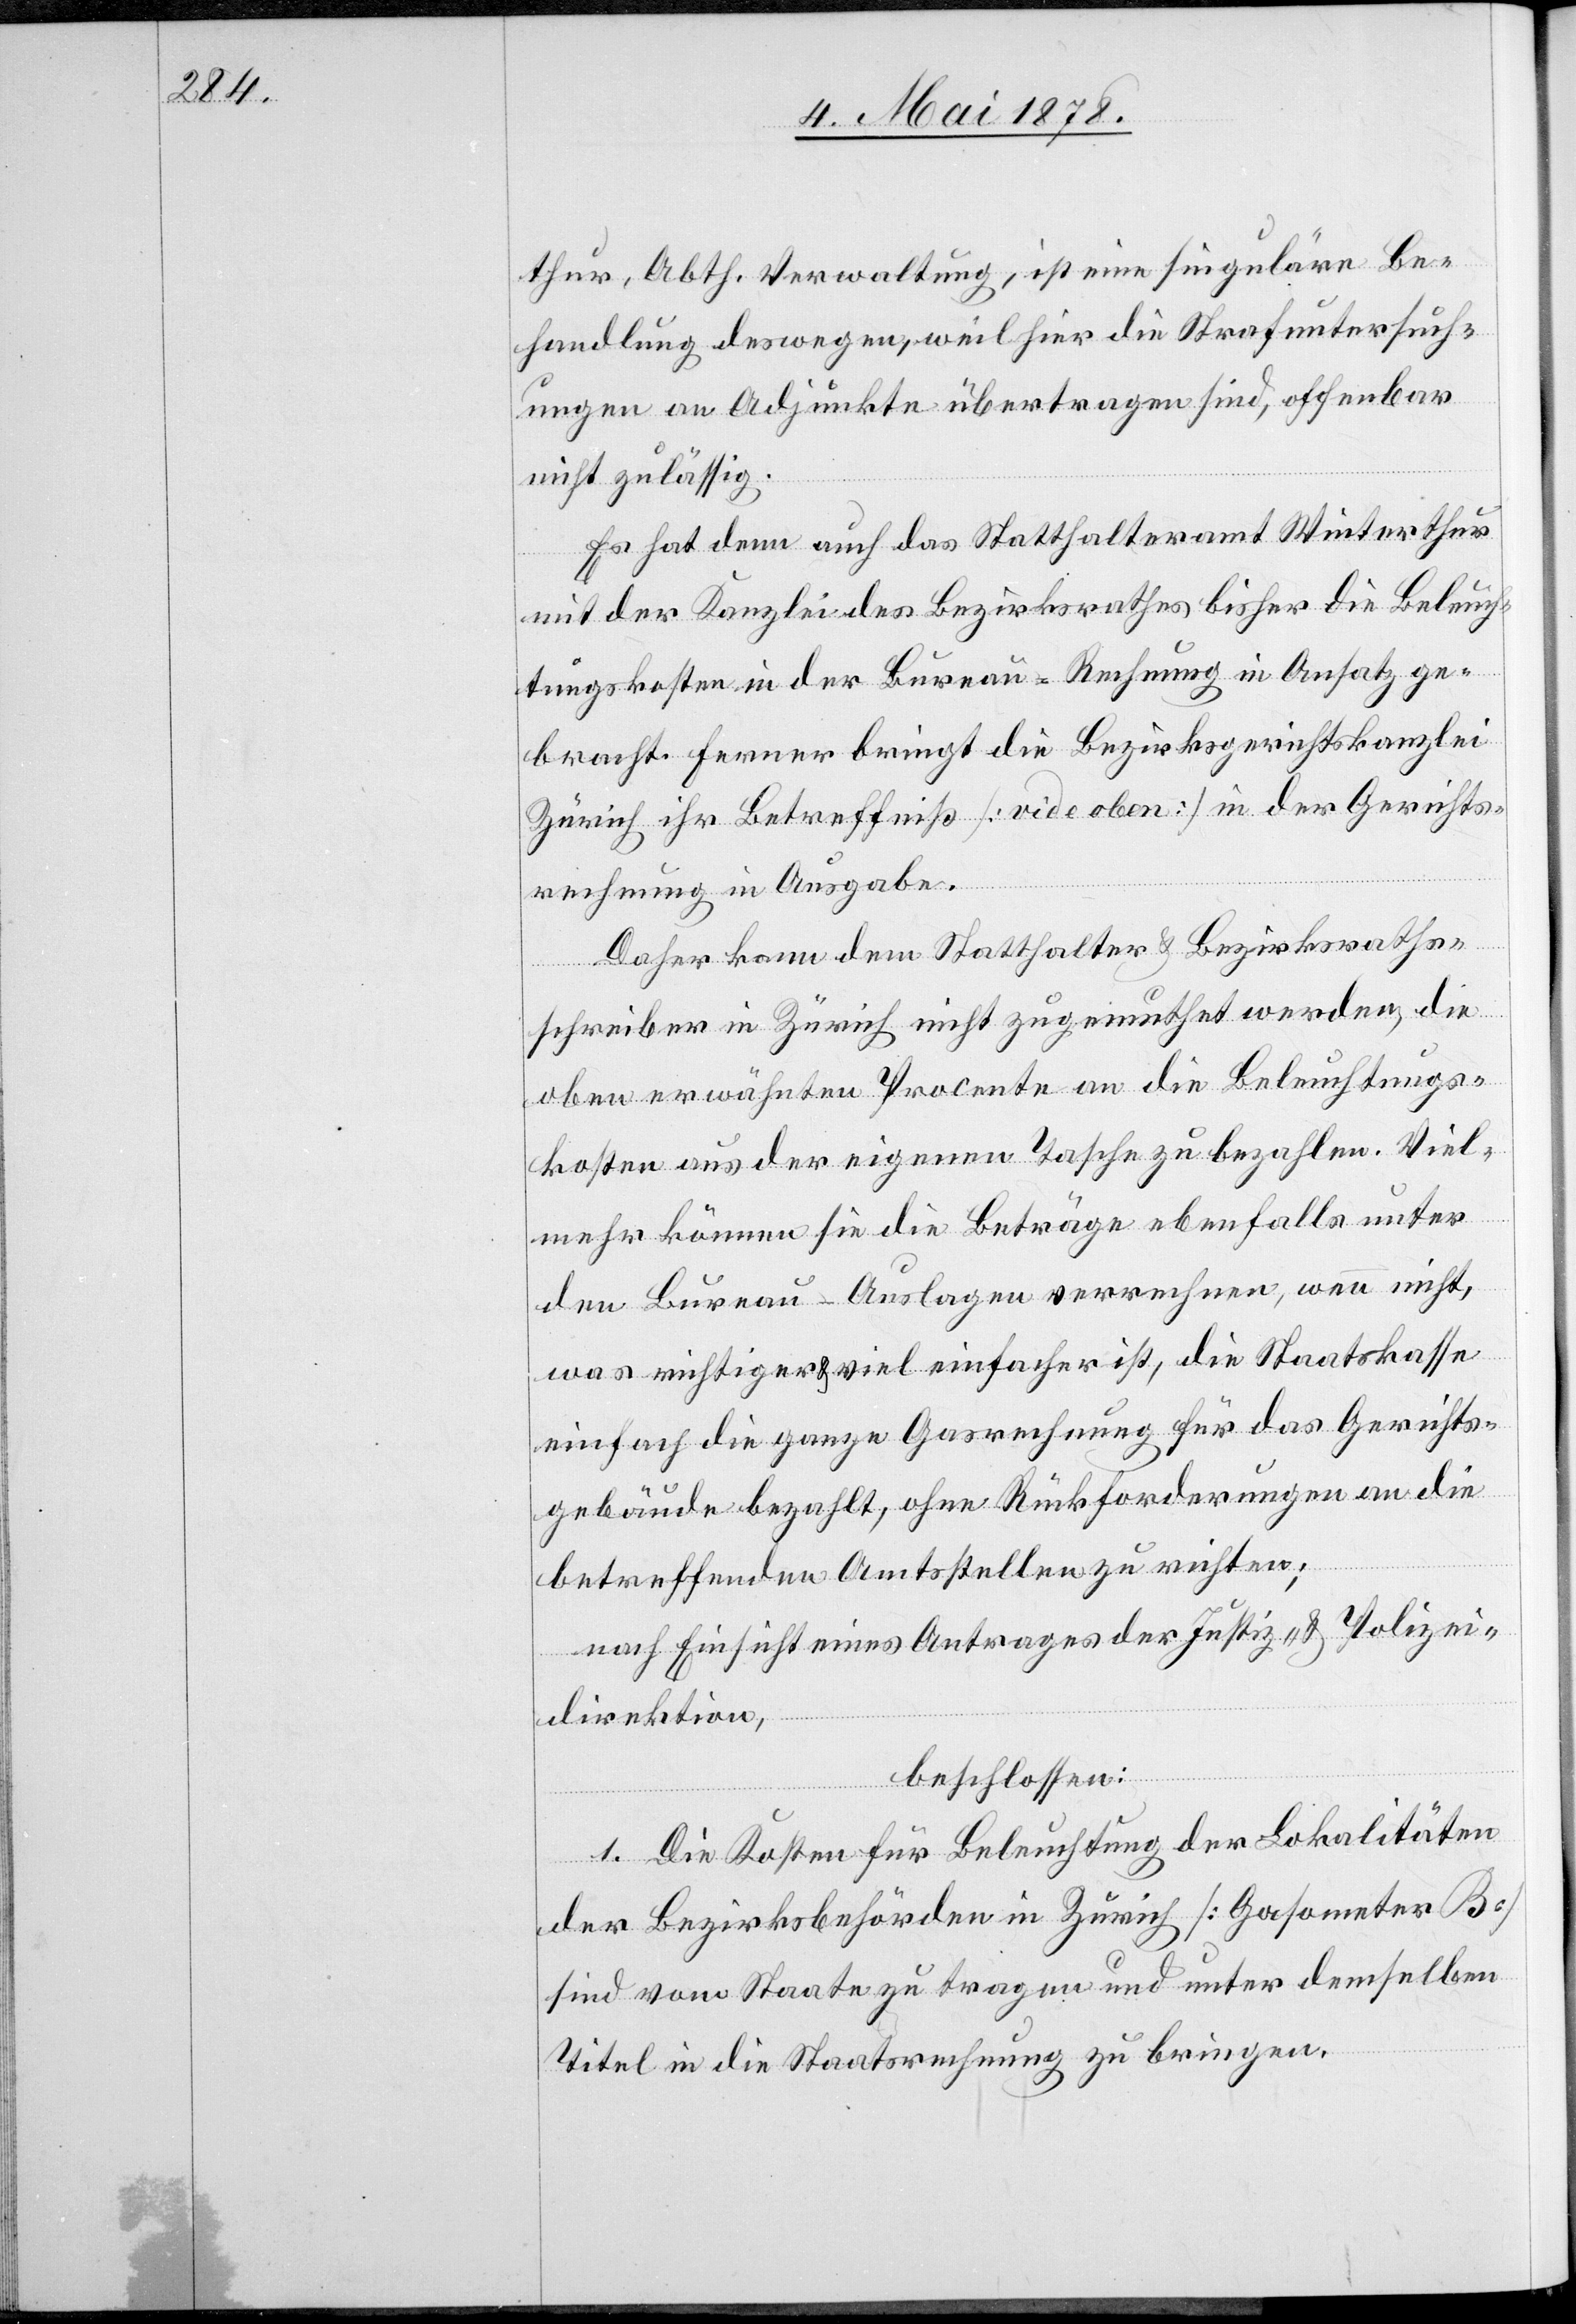
thur, Abth. Verwaltung, ist eine singuläre Be¬
handlung deswegen, weil hier die Strafuntersuch¬
ungen an Adjunkte übertragen sind, offenbar
nicht zulässig.
Es hat denn auch das Statthalteramt Winterthur
mit der Kanzlei des Bezirksrathes bisher die Beleuch¬
tungskosten in der Bureau-Rechnung in Ansatz ge¬
bracht. Ferner bringt die Bezirksgerichtskanzlei
Zürich ihr Betreffniß [vide oben] in der Gerichts¬
rechnung in Ausgabe.
Daher kann dem Statthalter & Bezirksraths¬
schreiber in Zürich nicht zugemuthet werden, die
oben erwähnten Procente an die Beleuchtungs¬
kosten aus der eigenen Tasche zu bezahlen. Viel¬
mehr können sie die Beträge ebenfalls unter
den Bureau-Auslagen verrechnen, wenn nicht,
was richtiger & viel einfacher ist, die Staatskasse
einfach die ganze Gasrechnung für das Gerichts¬
gebäude bezahlt, ohne Rückforderungen an die
betreffenden Amtsstellen zu richten;
nach Einsicht eines Antrages der Justiz- & Polizei¬
direktion,
beschlossen:
1. Die Kosten für Beleuchtung der Lokalitäten
der Bezirksbehörden in Zürich [Gasometer B]
sind vom Staate zu tragen und unter demselben
Titel in die Staatsrechnung zu bringen.